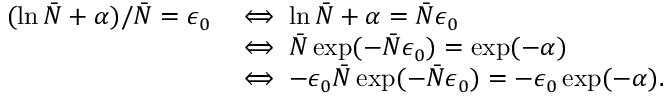
\begin{array} { r l } { ( \ln \bar { N } + \alpha ) / \bar { N } = \epsilon _ { 0 } } & { \iff \ln \bar { N } + \alpha = \bar { N } \epsilon _ { 0 } } \\ & { \iff \bar { N } \exp ( - \bar { N } \epsilon _ { 0 } ) = \exp ( - \alpha ) } \\ & { \iff - \epsilon _ { 0 } \bar { N } \exp ( - \bar { N } \epsilon _ { 0 } ) = - \epsilon _ { 0 } \exp ( - \alpha ) . } \end{array}